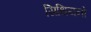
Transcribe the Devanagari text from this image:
सिथियनो